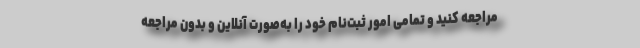
مراجعه کنید و تمامی امور ثبت‌نام خود را به‌صورت آنلاین و بدون مراجعه